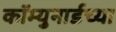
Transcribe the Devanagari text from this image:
कॉम्युनार्डच्या